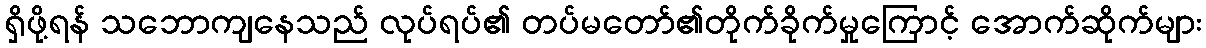
ရှိဖို့ရန် သဘောကျနေသည် လုပ်ရပ်၏ တပ်မတော်၏တိုက်ခိုက်မှုကြောင့် အောက်ဆိုက်များ